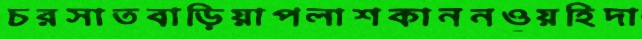
চরসাতবাড়িয়াপলাশকাননওয়হিদা